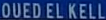
OUEDELKELL